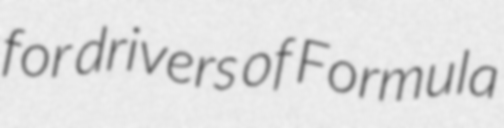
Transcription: for drivers of Formula